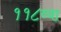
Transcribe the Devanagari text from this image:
११८व्या